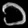
Digit: ၁